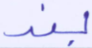
بند